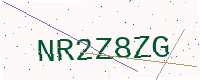
Text: NR2Z8ZG